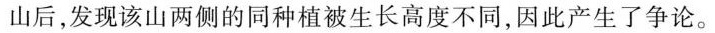
山后，发现该山两侧的同种植被生长高度不同，因此产生了争论。